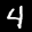
Label: 4